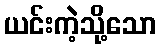
ယင်းကဲ့သို့သော